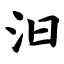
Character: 汩